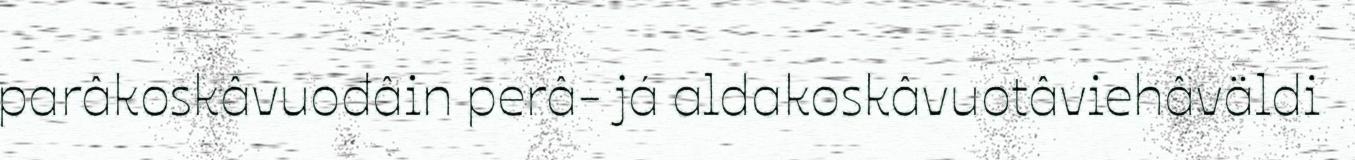
parâkoskâvuođâin perâ- já aldakoskâvuotâviehâväldi